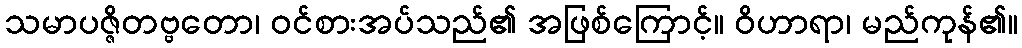
သမာပဇ္ဇိတဗ္ဗတော၊ ဝင်စားအပ်သည်၏ အဖြစ်ကြောင့်။ ဝိဟာရာ၊ မည်ကုန်၏။